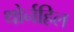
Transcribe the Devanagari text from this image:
थोर्नहिल